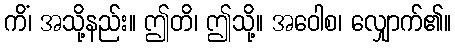
ကိံ၊ အသို့နည်း။ ဤတိ၊ ဤသို့။ အဝေါစ၊ လျှောက်၏။